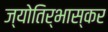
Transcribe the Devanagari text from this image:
ज्योतिर्भास्कर